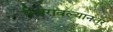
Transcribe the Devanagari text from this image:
स्थिरावल्यानंतर